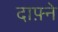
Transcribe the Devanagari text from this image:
दाफ़्ने